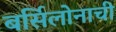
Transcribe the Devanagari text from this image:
बर्सिलोनाची